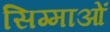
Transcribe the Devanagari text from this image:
सिग्माओं